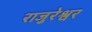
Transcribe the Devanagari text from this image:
राजुरेश्वर